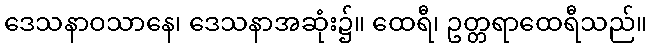
ဒေသနာဝသာနေ၊ ဒေသနာအဆုံး၌။ ထေရီ၊ ဥတ္တရာထေရီသည်။